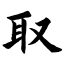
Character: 取